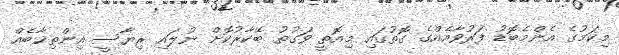
މިކަމުގެ އެންމެބޮޑު ފަރުވާއެއްގެ ގޮތުގައި މިއޮތީ ވަގުތު ބޭކާރުކޮށް ނުލައި ރިޔާސީ އިންތިޚާބެއް